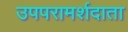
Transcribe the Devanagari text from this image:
उपपरामर्शदाता